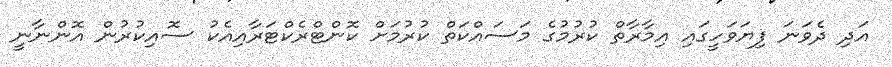
އަދި ދެވަނަ ފިޔަވަހީގައި އިމާރާތް ކުރުމުގެ މަސައްކަތް ކުރުމަށް ކޮންޓްރެކްޓަރާއިއެކު ސޮއިކުރުން އޮންނާނީ